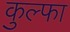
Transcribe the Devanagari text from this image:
कुल्‍फा